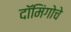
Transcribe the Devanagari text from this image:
दॉमिंगोचे